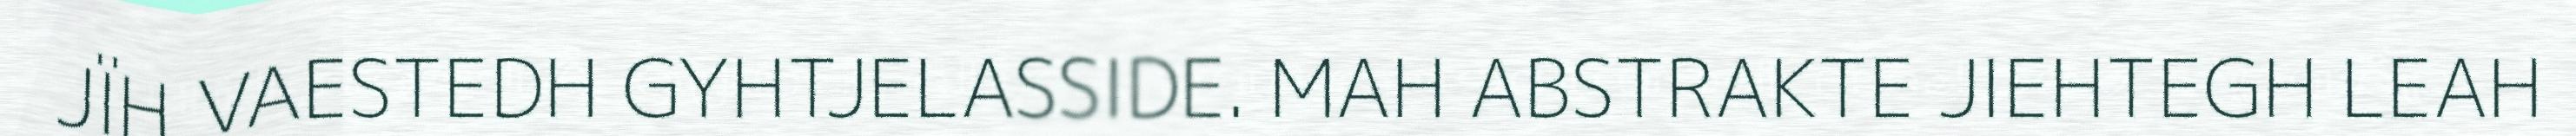
JÏH VAESTEDH GYHTJELASSIDE. MAH ABSTRAKTE JIEHTEGH LEAH